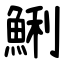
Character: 鯏